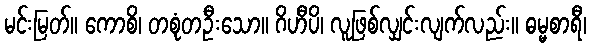
မင်းမြတ်။ ကောစိ၊ တစုံတဦးသော။ ဂိဟီပိ၊ လူဖြစ်လျှင်းလျက်လည်း။ ဓမ္မစာရီ၊